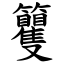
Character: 籰